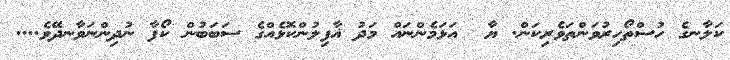
ކަލާނގެ ހުސްތޯހިރުވަންތަަވެރިކަން. ޔާ  އަޅަމެންނައް މަދު ޣާފިލުންކޮޅެއްގެ ސަބަބުން ކޯފާ ނުދިންނަވާނދޭވެ....